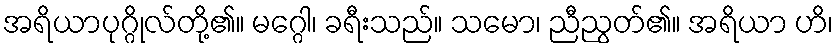
အရိယာပုဂ္ဂိုလ်တို့၏။ မဂ္ဂေါ၊ ခရီးသည်။ သမော၊ ညီညွတ်၏။ အရိယာ ဟိ၊